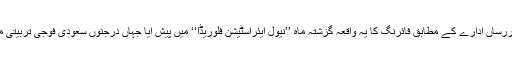
غیرملکی خبررساں ادارے کے مطابق فائرنگ کا یہ واقعہ گزشتہ ماہ ’’نیول ایئراسٹیشن فلوریڈا‘‘ میں پیش آیا جہاں درجنوں سعودی فوجی تربیتی مشن پر تھے۔